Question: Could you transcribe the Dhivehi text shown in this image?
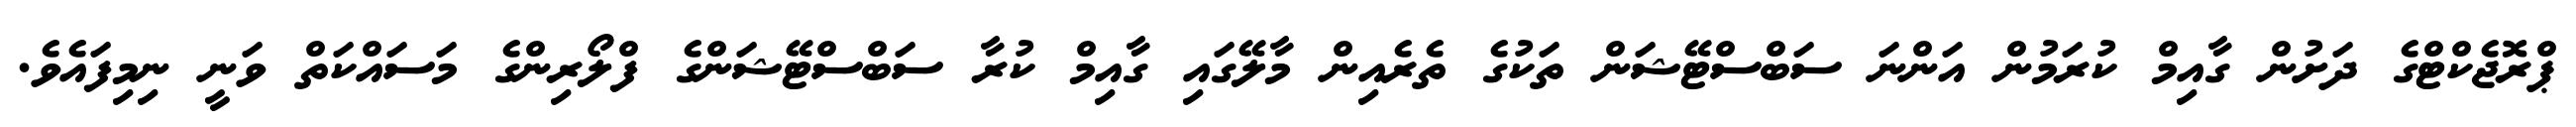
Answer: ޕްރޮޖެކްޓްގެ ދަށުން ގާއިމް ކުރަމުން އަންނަ ސަބްސްޓޭޝަން ތަކުގެ ތެރެއިން މާލޭގައި ގާއިމް ކުރާ ސަބްސްޓޭޝަންގެ ފްލޯރިންގެ މަސައްކަތް ވަނީ ނިމިފައެވެ.